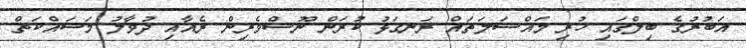
އަބުރުގެ ބިލްގައި ހުރި މައްސަލަތައް ރަނގަޅު ކުރަން ނޫސްވެރިން ރެއާއި ދުވާލު މަސައްކަތް